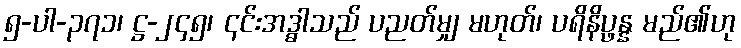
၅-ပါ-၃၇၁၊ ဋ္ဌ-၂၄၅၊ ၎င်းအဒ္ဓါသည် ပညတ်မျှ မဟုတ်၊ ပရိနိပ္ဖန္န မည်၏ဟု